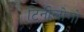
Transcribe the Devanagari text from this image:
टिनीलोगो